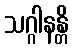
သဂ္ဂါနန္တိ